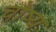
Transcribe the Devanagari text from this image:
चोष्यं